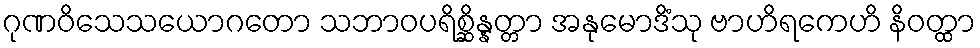
ဂုဏဝိသေသယောဂတော သဘာဝပရိစ္ဆိန္နတ္တာ အနုမောဒိံသု ဗာဟိရကေဟိ နိဝတ္ထာ